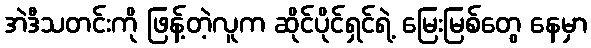
အဲဒီသတင်းကို ဖြန့်တဲ့လူက ဆိုင်ပိုင်ရှင်ရဲ့ မြေးမြစ်တွေ နေမှာ